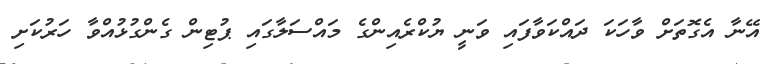
އޭނާ އެގޮތަށް ވާހަކަ ދައްކަވާފައި ވަނީ ޔުކްރެއިންގެ މައްސަލާގައި ޕުޓިން ގެންގުޅުއްވާ ހަރުކަށި